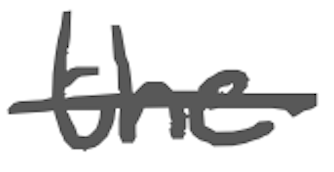
Text: the
Cross-out: single-line
Writing tool: digital_gray